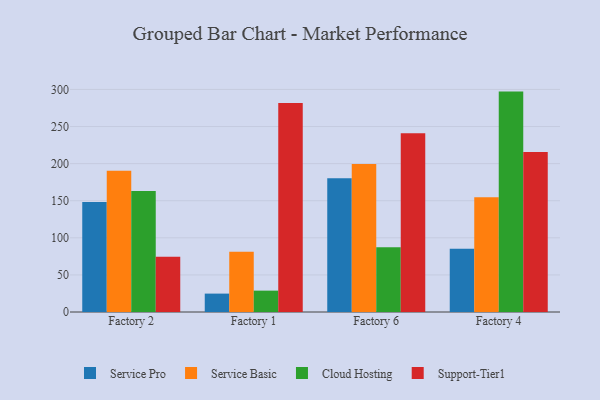
{"axis": {"x": "Factory", "y": "Headcount"}, "legend": ["Cloud Hosting", "Service Basic", "Service Pro", "Support-Tier1"], "data": [{"x": "Factory 2", "y": 148.2, "type": "Service Pro"}, {"x": "Factory 2", "y": 190.5, "type": "Service Basic"}, {"x": "Factory 2", "y": 163.1, "type": "Cloud Hosting"}, {"x": "Factory 2", "y": 74.4, "type": "Support-Tier1"}, {"x": "Factory 1", "y": 24.8, "type": "Service Pro"}, {"x": "Factory 1", "y": 81.3, "type": "Service Basic"}, {"x": "Factory 1", "y": 28.8, "type": "Cloud Hosting"}, {"x": "Factory 1", "y": 281.8, "type": "Support-Tier1"}, {"x": "Factory 6", "y": 180.4, "type": "Service Pro"}, {"x": "Factory 6", "y": 199.4, "type": "Service Basic"}, {"x": "Factory 6", "y": 87.4, "type": "Cloud Hosting"}, {"x": "Factory 6", "y": 241.1, "type": "Support-Tier1"}, {"x": "Factory 4", "y": 85.3, "type": "Service Pro"}, {"x": "Factory 4", "y": 154.6, "type": "Service Basic"}, {"x": "Factory 4", "y": 297.1, "type": "Cloud Hosting"}, {"x": "Factory 4", "y": 215.8, "type": "Support-Tier1"}]}